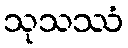
သုသဿံ